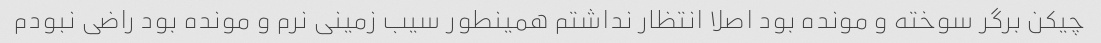
چیکن برگر سوخته و مونده بود اصلا انتظار نداشتم همینطور سیب زمینی نرم و مونده بود راضی نبودم